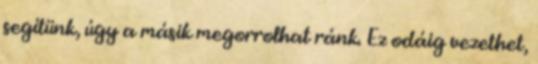
segítünk, úgy a másik megorrolhat ránk. Ez odáig vezethet,